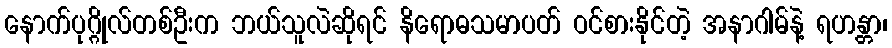
နောက်ပုဂ္ဂိုလ်တစ်ဦးက ဘယ်သူလဲဆိုရင် နိရောဓသမာပတ် ဝင်စားနိုင်တဲ့ အနာဂါမ်နဲ့ ရဟန္တာ၊